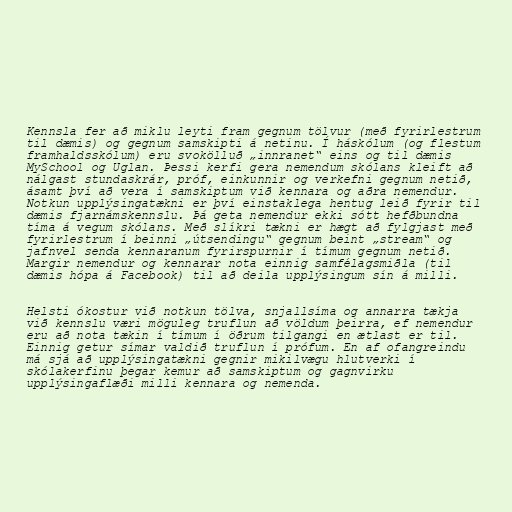
Kennsla fer að miklu leyti fram gegnum tölvur (með fyrirlestrum
til dæmis) og gegnum samskipti á netinu. Í háskólum (og flestum
framhaldsskólum) eru svokölluð „innranet“ eins og til dæmis
MySchool og Uglan. Þessi kerfi gera nemendum skólans kleift að
nálgast stundaskrár, próf, einkunnir og verkefni gegnum netið,
ásamt því að vera í samskiptum við kennara og aðra nemendur.
Notkun upplýsingatækni er því einstaklega hentug leið fyrir til
dæmis fjarnámskennslu. Þá geta nemendur ekki sótt hefðbundna
tíma á vegum skólans. Með slíkri tækni er hægt að fylgjast með
fyrirlestrum í beinni „útsendingu“ gegnum beint „stream“ og
jafnvel senda kennaranum fyrirspurnir í tímum gegnum netið.
Margir nemendur og kennarar nota einnig samfélagsmiðla (til
dæmis hópa á Facebook) til að deila upplýsingum sín á milli.

Helsti ókostur við notkun tölva, snjallsíma og annarra tækja
við kennslu væri möguleg truflun að völdum þeirra, ef nemendur
eru að nota tækin í tímum í öðrum tilgangi en ætlast er til.
Einnig getur símar valdið truflun í prófum. En af ofangreindu
má sjá að upplýsingatækni gegnir mikilvægu hlutverki í
skólakerfinu þegar kemur að samskiptum og gagnvirku
upplýsingaflæði milli kennara og nemenda.